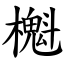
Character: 櫆